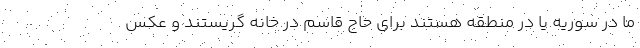
ما در سوريه يا در منطقه هستند براي حاج قاسم در خانه گريستند و عكس